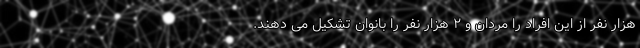
هزار نفر از این افراد را مردان و ۲ هزار نفر را بانوان تشکیل می دهند.